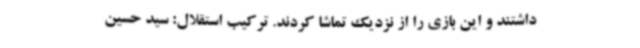
داشتند و این بازی را از نزدیک تماشا کردند. ترکیب استقلال: سید حسین